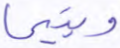
ويتيما